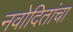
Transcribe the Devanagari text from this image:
नवोदितांचा